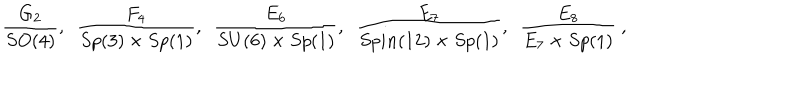
LaTeX: \frac { G _ { 2 } } { S O ( 4 ) } , \, \, \, \frac { F _ { 4 } } { S p ( 3 ) \times S p ( 1 ) } , \, \, \, \frac { E _ { 6 } } { S U ( 6 ) \times S p ( 1 ) } , \, \, \, \frac { E _ { 7 } } { S p i n ( 1 2 ) \times S p ( 1 ) } , \, \, \, \frac { E _ { 8 } } { E _ { 7 } \times S p ( 1 ) } \ ,